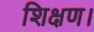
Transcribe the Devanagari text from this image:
शिक्षण।